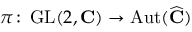
\pi \colon \operatorname { G L } ( 2 , \mathbf { C } ) \to \operatorname { A u t } ( { \widehat { \mathbf { C } } } )